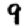
Digit: 9